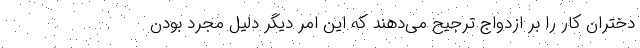
دختران کار را بر ازدواج ترجیح می‌دهند که این امر دیگر دلیل مجرد بودن